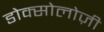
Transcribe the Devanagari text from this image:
डोक्सोलोज़ी